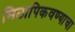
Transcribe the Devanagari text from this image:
मिठापिकवण्याचा